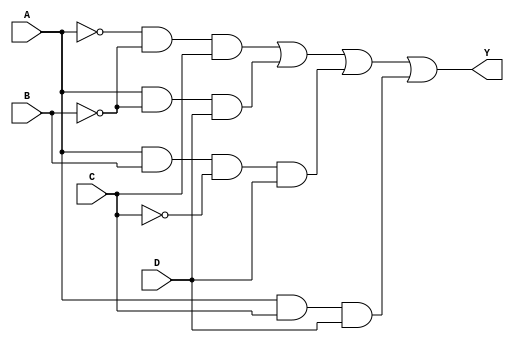
module combinational_logic_block (
    input wire A,  // Input A
    input wire B,  // Input B
    input wire C,  // Input C
    input wire D,  // Input D
    output wire Y  // Output Y
);

// Define the logic function based on the minimized expression
// For example, let's assume the minimized expression is: Y = A'B'C + AB'D + ABC'D + ACD
assign Y = (~A & ~B & C) | (A & ~B & D) | (A & B & ~C & D) | (A & C & D);

endmodule